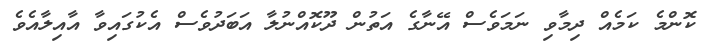
ކޮންމެ ކަމެއް ދިމާވި ނަމަވެސް އޭނާގެ އަތުން ދޫކޮއްނުލާ އަބަދުވެސް އެކުގައިވާ އާއިލާއެވެ